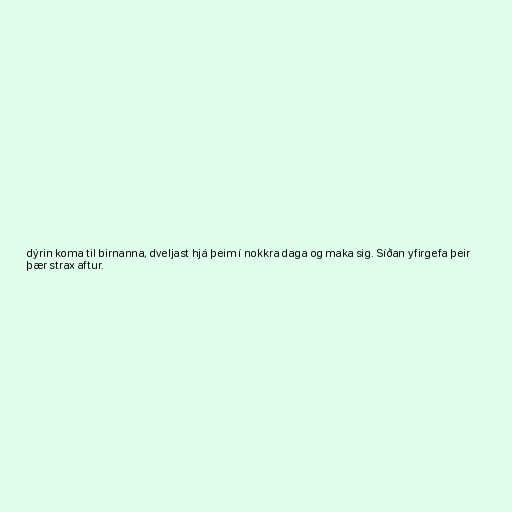
dýrin koma til birnanna, dveljast hjá þeim í nokkra daga og maka sig. Síðan yfirgefa þeir
þær strax aftur.